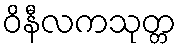
ဝိနီလကသုတ္တ